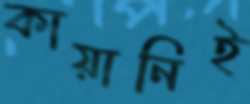
কায়ানিই